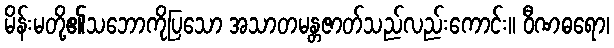
မိန်းမတို့၏သဘောကိုပြသော အသာတမန္တဇာတ်သည်လည်းကောင်း။ ဝီဏဓရော၊